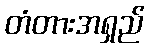
တံတားအရှည်